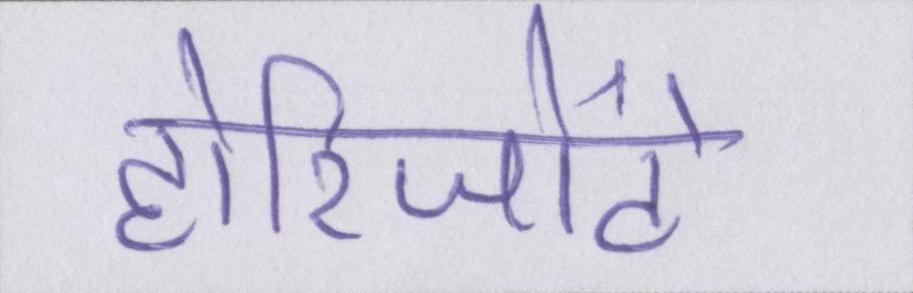
होरिजोंटे